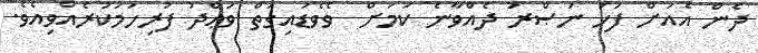
ދެން އެއަށް ފަހު ނަޞްރު ދެއްވާނެ ކަމަށް  ވެވެޑައިގަތް ވަޢްދު ފުރިހަމަކުރެއްވިއެވެ.